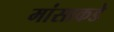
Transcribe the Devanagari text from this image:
मांसाकडे